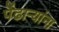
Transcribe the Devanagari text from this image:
पेंढाऱ्यांना